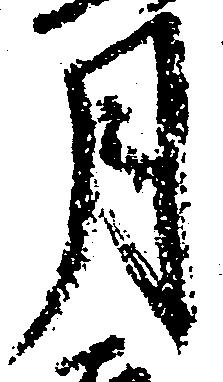
月